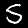
Label: 5